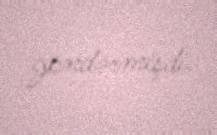
göndərmişdi.